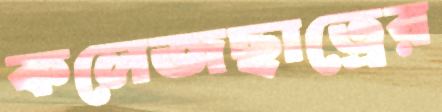
কলেজছাত্রের